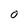
Character: O